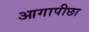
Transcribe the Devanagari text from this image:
आगापीछा